King Institute of Preventive Medicine Micro-Biological Section reports 1909-11
Year: 1909
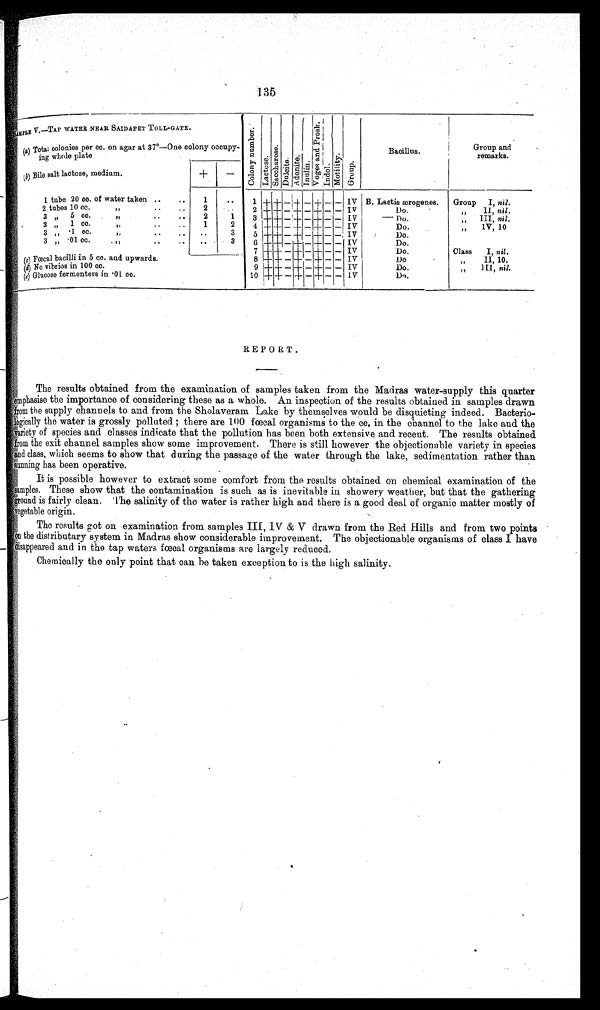
135
S A M P L E V . — T A P W A T E R N E A R S A I D A P E T T O L L - G A T E .
.
C o l o n y n u m b e r .
L a c t o s e . S a c c h a r o s e . D u l c i t e . A d o n i t e . I n u l i n
. V o g e s a n d P r o s k .
I n d o l .
M o t i l i t y . Group.
Bacillus.
Group and
remarks.
(a ) Total colonies per cc. on agar at 37°—One colony occupy-
ing whole plate
+ -
( b ) B i l e s a l t l a c t o s e , m e d i u m
1 tube 20 cc.of water taken ..
..
1
..
1 + + - + - + - - IV B. Lactis ærogenes.
Group I, nil.
2 tubes 10 cc.
"
. .
. . 2
. . 2 + + - + — + - - IV
Do.
„ II, nil.
3 „ 5 cc.
"
..
..
2
1
3 + + - + - + - - IV
Do.
" III, ) nil.
3 „ 1 cc.
"
. .
. .
1
2
4 + + - + - + - - IV
Do.
„ 1V, 10
3 „ . 1 cc.
"
. .
. . . .
3 5 + + -
—++- - + - - IV
Do.
3 „
. 0 1 cc.
„
..
.. ..
3
6 + + - + - + - - IV
Do.
7 + + - +I
-
— + - - IV
Do.
Class I, nil .
(c) Fœcal bacilli in 5 cc. and upwards.
8 + + - + - + - - IV
D o .
"
I I , 10.
(
d ) N o v i b r i o s i n 1 0 0 c c .
9 + + - + +-+F- + - - IV
Do.
„ III, nil.
(e) Glucose fermenters in .01 cc.
10 + + - + - + - - 1V
Do.
REPORT.
The results obtained from the examination of samples taken from the Madras water-supply this quarter
emphasise the importance of considering these as a whole. An inspection of the results obtained in. samples drawn
from the supply channels to and from the Sholaveram Lake by themselves would be disquieting indeed. Bacterio-
logically the water is grossly polluted ; there are 100 fœcal organisms to the cc. in the channel to the lake and the
variety of species and classes indicate that the pollution has been both extensive and recent. The results obtained
f r o m t h e e x i t c h a n n e l s a m p l e s s h o w s o m e i m p r o v e m e n t . T h e r e i s s t i l l h o w e v e r t h e o b j e c t i o n a b l e v a r i e t y i n s p e c i e s
and class, which seems to show that during the passage of the water through the lake, sedimentation rather than
sunning has been operative.
It is possible however to extract some comfort from the results obtained on chemical examination of the
s a m p l e s . T h e s e s h o w t h a t t h e c o n t a m i n a t i o n i s s u c h a s i s i n e v i t a b l e i n s h o w e r y w e a t h e r , b u t t h a t t h e g a t h e r i n g
ground is fairly clean. The salinity of the water is rather high and there is a good deal of organic matter mostly of
vegetable origin.
The results got on examination from samples III, IV &amp; V drawn from the Red Hills and from two points
on the distributary system in Madras show considerable improvement. The objectionable organisms of class I have
disappeared and in the tap waters fœcal organisms are largely reduced.
Chemically the only point that can be taken exception to is the high salinity.